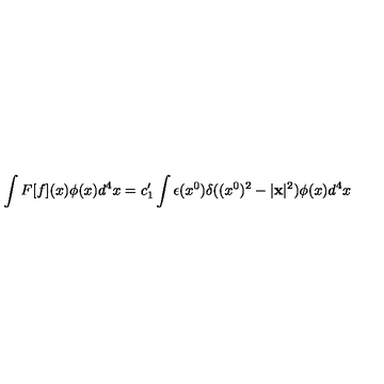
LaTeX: \int F [ f ] ( x ) \phi ( x ) d ^ { 4 } x = c _ { 1 } ^ { \prime } \int \epsilon ( x ^ { 0 } ) \delta ( ( x ^ { 0 } ) ^ { 2 } - | { \bf x } | ^ { 2 } ) \phi ( x ) d ^ { 4 } x